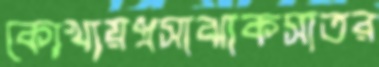
কোখায়প্রসাঝাকসাতর